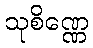
သုစိဏ္ဏေ